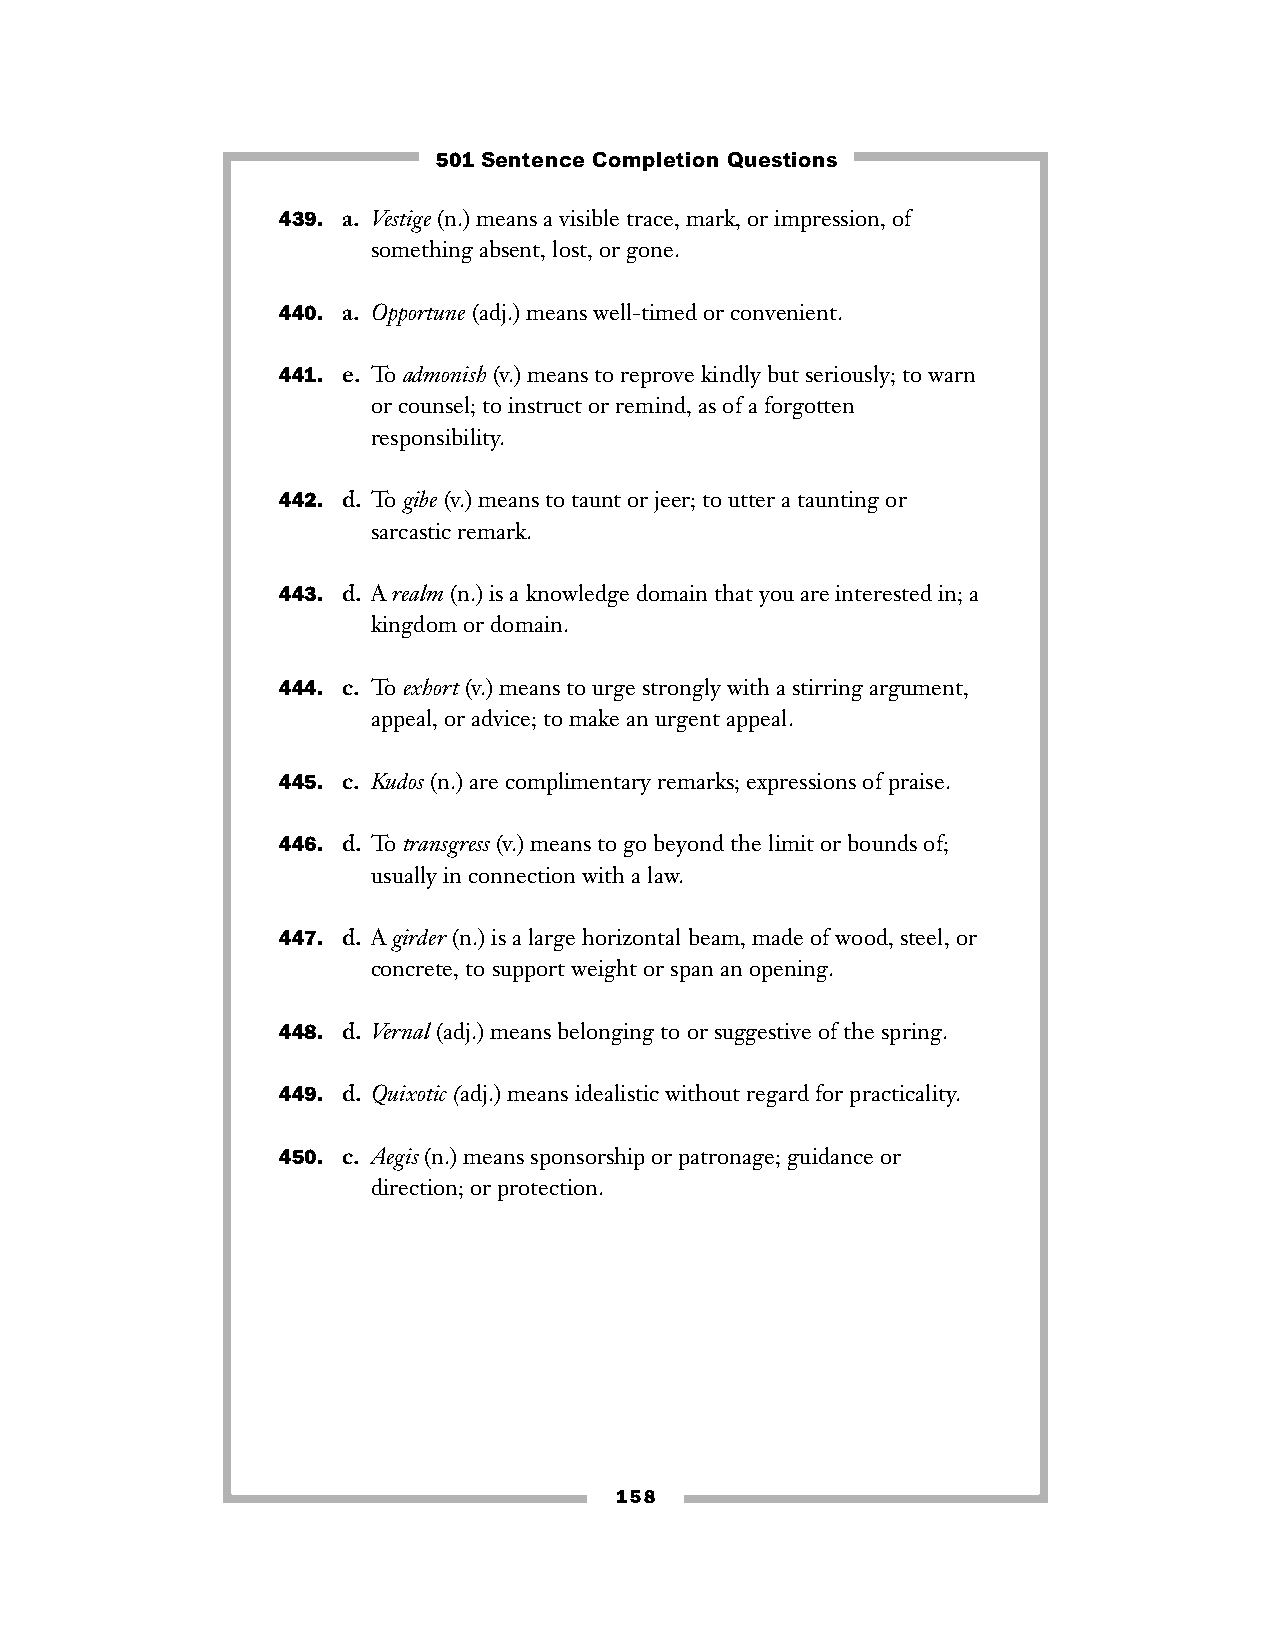
501 Sentence Completion Questions
 439. a. Vestige(n.) means a visible trace, mark, or impression, of
 something absent, lost, or gone.
 440. a. Opportune(adj.) means well-timed or convenient.
 441. e. To admonish(v.) means to reprove kindly but seriously; to warn
 or counsel; to instruct or remind, as of a forgotten
 responsibility.
 442. d. To gibe(v.) means to taunt or jeer; to utter a taunting or
 sarcastic remark.
 443. d. A realm(n.) is a knowledge domain that you are interested in; a
 kingdom or domain.
 444. c. To exhort(v.) means to urge strongly with a stirring argument,
 appeal, or advice; to make an urgent appeal.
 445. c. Kudos(n.) are complimentary remarks; expressions of praise.
 446. d. To transgress(v.) means to go beyond the limit or bounds of;
 usually in connection with a law.
 447. d. A girder(n.) is a large horizontal beam, made of wood, steel, or
 concrete, to support weight or span an opening.
 448. d. Vernal(adj.) means belonging to or suggestive of the spring.
 449. d. Quixotic (adj.) means idealistic without regard for practicality.
 450. c. Aegis(n.) means sponsorship or patronage; guidance or
 direction; or protection.
 158